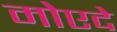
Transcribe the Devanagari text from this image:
मोएदे